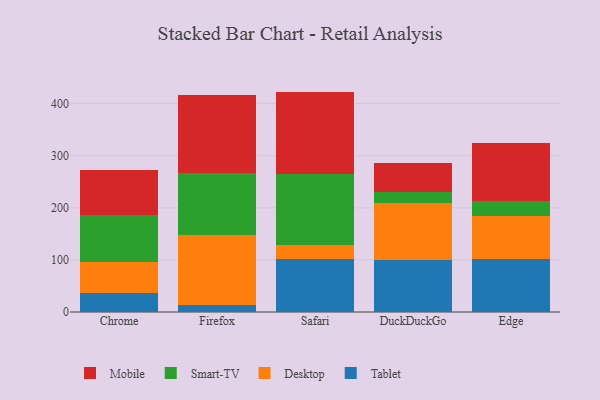
{"axis": {"x": "Browser", "y": "Inventory Turnover"}, "legend": ["Desktop", "Mobile", "Smart-TV", "Tablet"], "data": [{"x": "Chrome", "y": 36.8, "type": "Tablet"}, {"x": "Chrome", "y": 59.7, "type": "Desktop"}, {"x": "Chrome", "y": 89.3, "type": "Smart-TV"}, {"x": "Chrome", "y": 86.0, "type": "Mobile"}, {"x": "Firefox", "y": 13.6, "type": "Tablet"}, {"x": "Firefox", "y": 133.5, "type": "Desktop"}, {"x": "Firefox", "y": 120.4, "type": "Smart-TV"}, {"x": "Firefox", "y": 149.7, "type": "Mobile"}, {"x": "Safari", "y": 102.4, "type": "Tablet"}, {"x": "Safari", "y": 25.5, "type": "Desktop"}, {"x": "Safari", "y": 137.8, "type": "Smart-TV"}, {"x": "Safari", "y": 157.5, "type": "Mobile"}, {"x": "DuckDuckGo", "y": 100.3, "type": "Tablet"}, {"x": "DuckDuckGo", "y": 109.3, "type": "Desktop"}, {"x": "DuckDuckGo", "y": 21.4, "type": "Smart-TV"}, {"x": "DuckDuckGo", "y": 54.7, "type": "Mobile"}, {"x": "Edge", "y": 100.9, "type": "Tablet"}, {"x": "Edge", "y": 84.4, "type": "Desktop"}, {"x": "Edge", "y": 27.4, "type": "Smart-TV"}, {"x": "Edge", "y": 112.3, "type": "Mobile"}]}